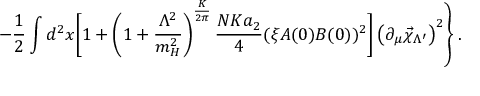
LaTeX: \left. - \frac 1 2 \int d ^ { 2 } x \Biggl [ 1 + \left( 1 + \frac { \Lambda ^ { 2 } } { m _ { H } ^ { 2 } } \right) ^ { \frac { K } { 2 \pi } } \frac { N K a _ { 2 } } { 4 } ( \xi A ( 0 ) B ( 0 ) ) ^ { 2 } \Biggr ] \left( \partial _ { \mu } \vec { \chi } _ { \Lambda ^ { \prime } } \right) ^ { 2 } \right\} .